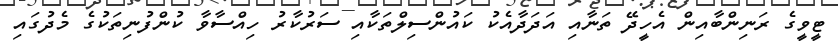
ޓީވީގެ ރަނިންބާއިން އެހީދޭ ތަނާއި އަދަދާއެކު ކައުންސިލްތަކާއި ސަރުކާރު ހިއްސާވާ ކުންފުނިތަކުގެ މެދުގައި